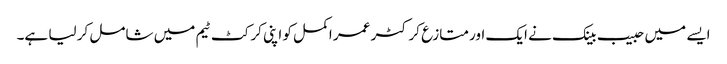
ایسے میں حبیب بینک نے ایک اور متازع کرکٹر عمر اکمل کو اپنی کرکٹ ٹیم میں شامل کر لیا ہے۔